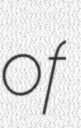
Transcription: of